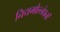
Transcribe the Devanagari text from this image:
नियमोल्लंघनों